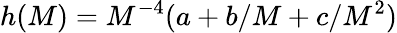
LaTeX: h(M)=M^{-4}(a+b/M+c/M^{2})